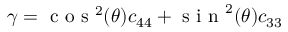
\gamma = \textrm { c o s } ^ { 2 } ( \theta ) c _ { 4 4 } + \textrm { s i n } ^ { 2 } ( \theta ) c _ { 3 3 }